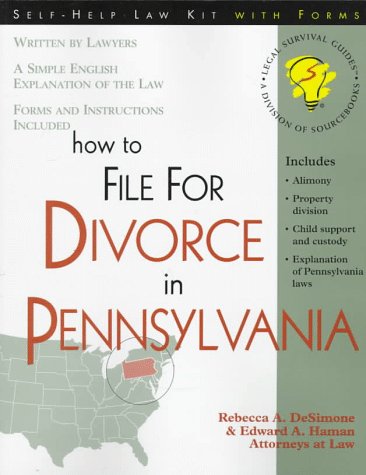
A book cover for How to File for Divorce in Pennsylvania: With Forms (Self-Help Law Kit With Forms); Rebecca A. Desimone; Law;